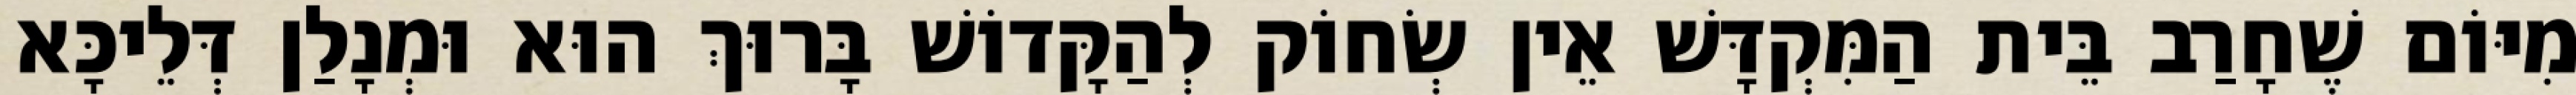
מִיּוֹם שֶׁחָרַב בֵּית הַמִּקְדָּשׁ אֵין שְׂחוֹק לְהַקָּדוֹשׁ בָּרוּךְ הוּא וּמְנָלַן דְּלֵיכָּא